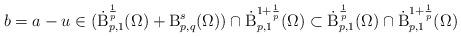
LaTeX: \begin{align*} b=a-u \in (\dot{\mathrm{B}}^{\frac{1}{p}}_{p,1}(\Omega)+\mathrm{B}^{s}_{p,q}(\Omega))\cap\dot{\mathrm{B}}^{1+\frac{1}{p}}_{p,1}(\Omega)\subset \dot{\mathrm{B}}^{\frac{1}{p}}_{p,1}(\Omega)\cap\dot{\mathrm{B}}^{1+\frac{1}{p}}_{p,1}(\Omega) \end{align*}